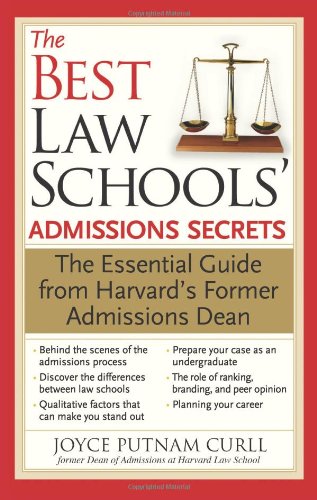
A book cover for The Best Law Schools' Admissions Secrets: The Essential Guide from Harvard's Former Admissions Dean; Joyce Curll; Education & Teaching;